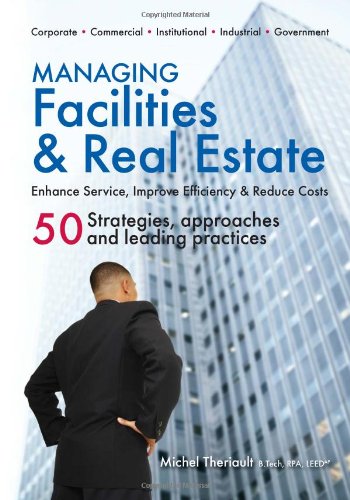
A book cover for Managing Facilities & Real Estate; Michel Theriault; Business & Money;